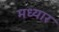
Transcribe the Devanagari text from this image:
मध्यार